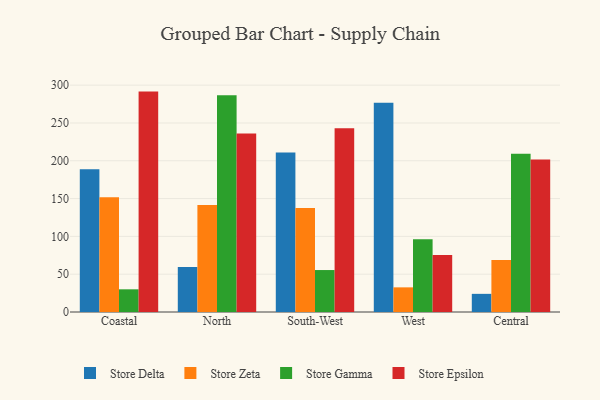
{"axis": {"x": "Region", "y": "Shipments"}, "legend": ["Store Delta", "Store Epsilon", "Store Gamma", "Store Zeta"], "data": [{"x": "Coastal", "y": 188.7, "type": "Store Delta"}, {"x": "Coastal", "y": 151.9, "type": "Store Zeta"}, {"x": "Coastal", "y": 30.0, "type": "Store Gamma"}, {"x": "Coastal", "y": 291.5, "type": "Store Epsilon"}, {"x": "North", "y": 59.5, "type": "Store Delta"}, {"x": "North", "y": 141.5, "type": "Store Zeta"}, {"x": "North", "y": 286.8, "type": "Store Gamma"}, {"x": "North", "y": 236.0, "type": "Store Epsilon"}, {"x": "South-West", "y": 210.8, "type": "Store Delta"}, {"x": "South-West", "y": 137.6, "type": "Store Zeta"}, {"x": "South-West", "y": 55.5, "type": "Store Gamma"}, {"x": "South-West", "y": 243.0, "type": "Store Epsilon"}, {"x": "West", "y": 276.8, "type": "Store Delta"}, {"x": "West", "y": 32.6, "type": "Store Zeta"}, {"x": "West", "y": 96.3, "type": "Store Gamma"}, {"x": "West", "y": 75.5, "type": "Store Epsilon"}, {"x": "Central", "y": 24.0, "type": "Store Delta"}, {"x": "Central", "y": 68.8, "type": "Store Zeta"}, {"x": "Central", "y": 209.2, "type": "Store Gamma"}, {"x": "Central", "y": 201.6, "type": "Store Epsilon"}]}